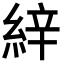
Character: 𦀓